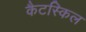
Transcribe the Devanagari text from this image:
कैटस्किल